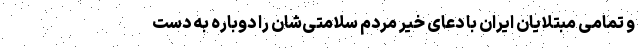
و تمامی مبتلایان ایران با دعای خیر مردم سلامتی‌شان را دوباره به دست